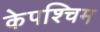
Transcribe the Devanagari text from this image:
केपश्चिम